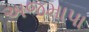
અજમાપા